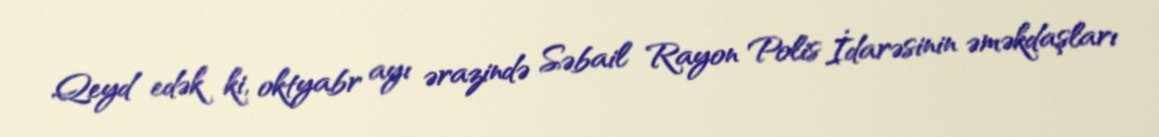
Qeyd edək ki, oktyabr ayı ərazində Səbail Rayon Polis İdarəsinin əməkdaşları